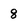
Character: 8